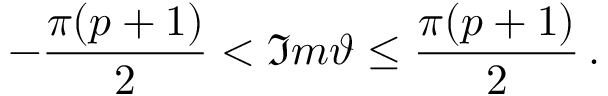
- \frac { \pi ( p + 1 ) } { 2 } < \Im m \vartheta \leq \frac { \pi ( p + 1 ) } { 2 } \, .